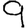
Digit: 9